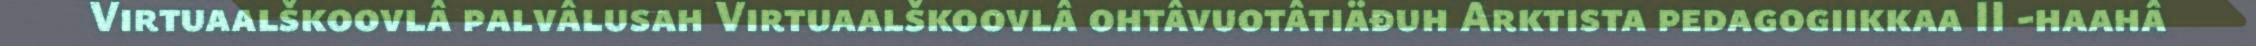
Virtuaalškoovlâ palvâlusah Virtuaalškoovlâ ohtâvuotâtiäđuh Arktista pedagogiikkaa II -haahâ